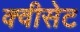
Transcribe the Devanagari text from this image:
क्वीसेट